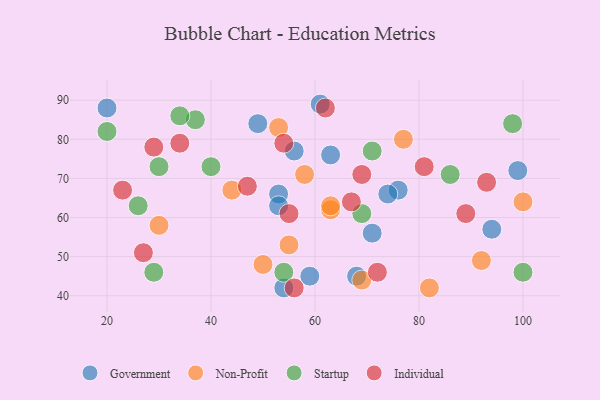
{"axis": {"x": "GDP", "y": "Life Expectancy"}, "legend": ["Government", "Individual", "Non-Profit", "Startup"], "data": [{"x": "49", "y": 84, "type": "Government"}, {"x": "68", "y": 45, "type": "Government"}, {"x": "76", "y": 67, "type": "Government"}, {"x": "53", "y": 66, "type": "Government"}, {"x": "94", "y": 57, "type": "Government"}, {"x": "59", "y": 45, "type": "Government"}, {"x": "20", "y": 88, "type": "Government"}, {"x": "74", "y": 66, "type": "Government"}, {"x": "71", "y": 56, "type": "Government"}, {"x": "61", "y": 89, "type": "Government"}, {"x": "56", "y": 77, "type": "Government"}, {"x": "54", "y": 42, "type": "Government"}, {"x": "63", "y": 76, "type": "Government"}, {"x": "53", "y": 63, "type": "Government"}, {"x": "99", "y": 72, "type": "Government"}, {"x": "100", "y": 64, "type": "Non-Profit"}, {"x": "53", "y": 83, "type": "Non-Profit"}, {"x": "63", "y": 62, "type": "Non-Profit"}, {"x": "92", "y": 49, "type": "Non-Profit"}, {"x": "50", "y": 48, "type": "Non-Profit"}, {"x": "58", "y": 71, "type": "Non-Profit"}, {"x": "69", "y": 44, "type": "Non-Profit"}, {"x": "63", "y": 63, "type": "Non-Profit"}, {"x": "77", "y": 80, "type": "Non-Profit"}, {"x": "44", "y": 67, "type": "Non-Profit"}, {"x": "82", "y": 42, "type": "Non-Profit"}, {"x": "30", "y": 58, "type": "Non-Profit"}, {"x": "55", "y": 53, "type": "Non-Profit"}, {"x": "20", "y": 82, "type": "Startup"}, {"x": "26", "y": 63, "type": "Startup"}, {"x": "30", "y": 73, "type": "Startup"}, {"x": "40", "y": 73, "type": "Startup"}, {"x": "86", "y": 71, "type": "Startup"}, {"x": "71", "y": 77, "type": "Startup"}, {"x": "98", "y": 84, "type": "Startup"}, {"x": "54", "y": 46, "type": "Startup"}, {"x": "37", "y": 85, "type": "Startup"}, {"x": "69", "y": 61, "type": "Startup"}, {"x": "100", "y": 46, "type": "Startup"}, {"x": "34", "y": 86, "type": "Startup"}, {"x": "29", "y": 46, "type": "Startup"}, {"x": "47", "y": 68, "type": "Individual"}, {"x": "89", "y": 61, "type": "Individual"}, {"x": "29", "y": 78, "type": "Individual"}, {"x": "93", "y": 69, "type": "Individual"}, {"x": "54", "y": 79, "type": "Individual"}, {"x": "81", "y": 73, "type": "Individual"}, {"x": "72", "y": 46, "type": "Individual"}, {"x": "56", "y": 42, "type": "Individual"}, {"x": "69", "y": 71, "type": "Individual"}, {"x": "23", "y": 67, "type": "Individual"}, {"x": "34", "y": 79, "type": "Individual"}, {"x": "67", "y": 64, "type": "Individual"}, {"x": "62", "y": 88, "type": "Individual"}, {"x": "55", "y": 61, "type": "Individual"}, {"x": "27", "y": 51, "type": "Individual"}]}